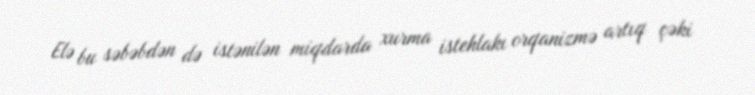
Elə bu səbəbdən də istənilən miqdarda xurma istehlakı orqanizmə artıq çəki